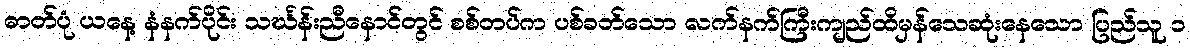
ဓာတ်ပုံ ယနေ့ နံနက်ပိုင်း သင်္ဃန်းညီနောင်တွင် စစ်တပ်က ပစ်ခတ်သော လက်နက်ကြီးကျည်ထိမှန်သေဆုံးနေသော ပြည်သူ ၁